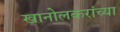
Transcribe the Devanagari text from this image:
खानोलकरांच्या